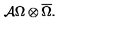
{ \cal A } \Omega \otimes \overline { { \Omega } } .